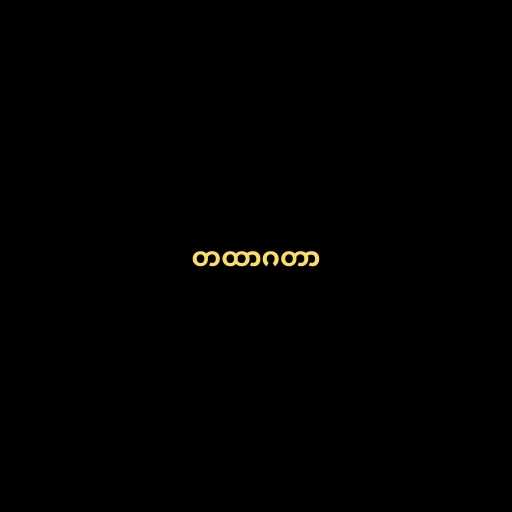
တထာဂတာ